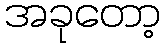
အခုတော့